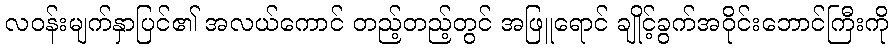
လဝန်းမျက်နှာပြင်၏ အလယ်ကောင် တည့်တည့်တွင် အဖြူရောင် ချိုင့်ခွက်အဝိုင်းဘောင်ကြီးကို